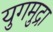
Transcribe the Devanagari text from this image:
युगमुद्रा